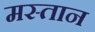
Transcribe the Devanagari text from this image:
मस्‍तान